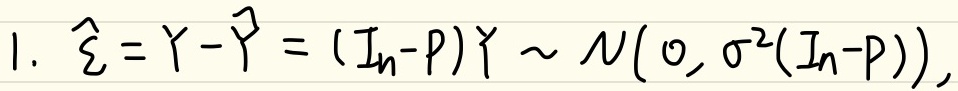
1. $\hat{\varepsilon}=Y-\hat{Y}=(I_n - P)Y\sim N(0,\sigma^2(I_n - P))$,